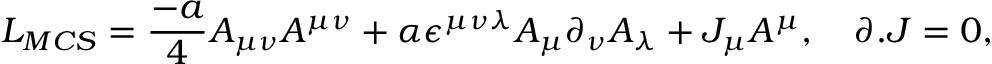
L _ { M C S } = { \frac { - a } { 4 } } A _ { \mu \nu } A ^ { \mu \nu } + \alpha \epsilon ^ { \mu \nu \lambda } A _ { \mu } \partial _ { \nu } A _ { \lambda } + J _ { \mu } A ^ { \mu } , ~ ~ ~ \partial . J = 0 ,